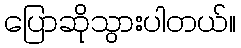
ပြောဆိုသွားပါတယ်။